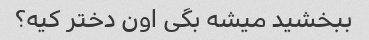
ببخشید میشه بگی اون دختر کیه؟